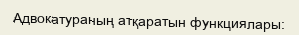
Адвокатураның атқаратын функциялары: